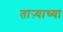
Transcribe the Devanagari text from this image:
ताऱ्‍याच्या